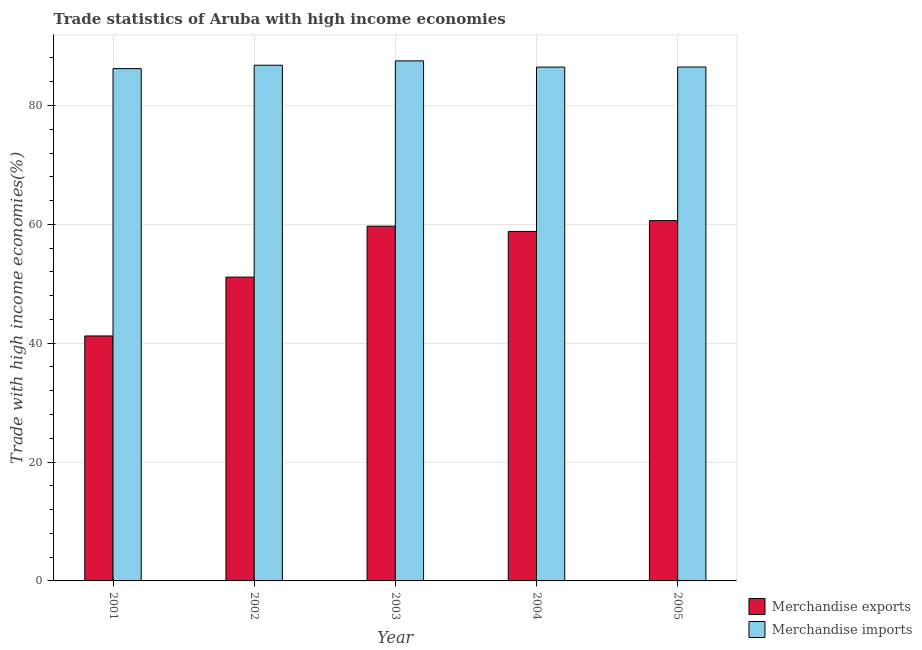
| Year | Merchandise exports | Merchandise imports |
 | --- | --- | --- |
 | 2001 | 41.2 | 86.2 |
 | 2002 | 51.1 | 86.8 |
 | 2003 | 59.7 | 87.5 |
 | 2004 | 58.8 | 86.5 |
 | 2005 | 60.6 | 86.5 |